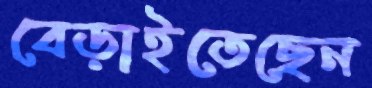
বেড়াইতেছেন